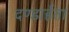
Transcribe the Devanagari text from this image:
दण्डार्हता